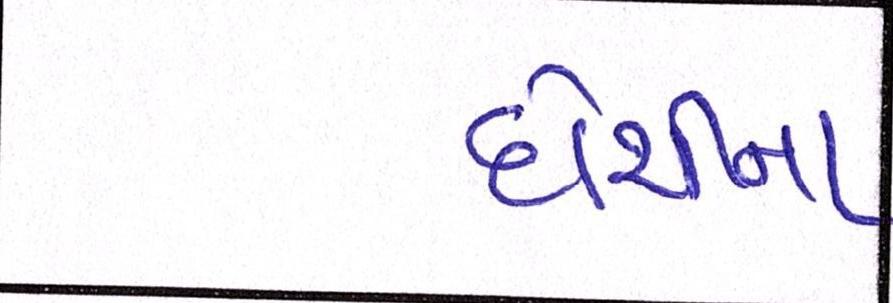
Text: દોશીના